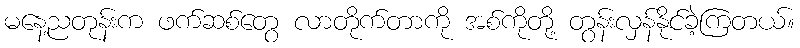
မနေ့ညတုန်းက ဖက်ဆစ်တွေ လာတိုက်တာကို အစ်ကိုတို့ တွန်းလှန်နိုင်ခဲ့ကြတယ်။